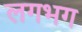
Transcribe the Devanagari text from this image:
लगभ्‍ाग